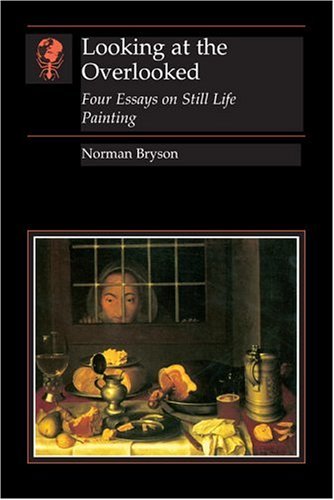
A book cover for Looking at the Overlooked: Four Essays on Still Life Painting (Reaktion Books - Essays in Art and Culture); Norman Bryson; Arts & Photography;